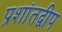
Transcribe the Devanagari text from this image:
प्रशांतद्वीप